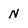
Character: N